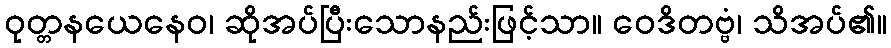
ဝုတ္တနယေနေဝ၊ ဆိုအပ်ပြီးသောနည်းဖြင့်သာ။ ဝေဒိတဗ္ဗံ၊ သိအပ်၏။